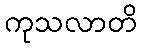
ကုသလာတိ